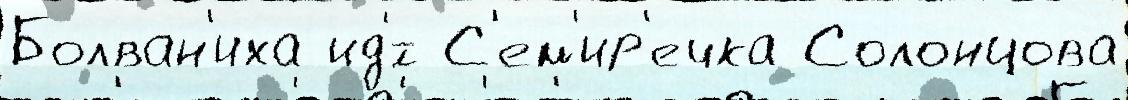
Болван'иха ид'́т С'ем'ир'ечка Солонцова